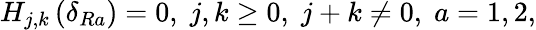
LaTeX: H_{j,k}\left(\delta_{Ra}\right)=0,\; j,k\geq 0,\; j+k\neq 0,\; a=1,2,